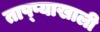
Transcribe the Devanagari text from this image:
ताप्प्याखाली